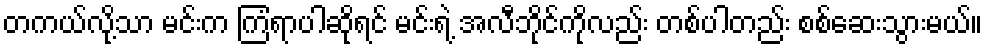
တကယ်လို့သာ မင်းက ကြံရာပါဆိုရင် မင်းရဲ့ အလီဘိုင်ကိုလည်း တစ်ပါတည်း စစ်ဆေးသွားမယ်။